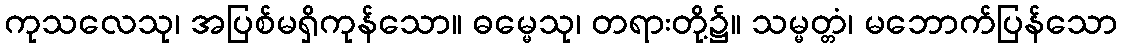
ကုသလေသု၊ အပြစ်မရှိကုန်သော။ ဓမ္မေသု၊ တရားတို့၌။ သမ္မတ္တံ၊ မဘောက်ပြန်သော